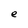
Character: e